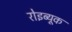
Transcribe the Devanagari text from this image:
रोइब्यूक